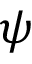
\psi